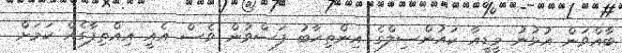
ބާއްވަން އުޅުނު މީޑީއާ ކައުންސިލްގެ އިންތިހާބު ފަސްވުން ވެސް އެއީ އިއްތިފާގެއް ކަމަށް